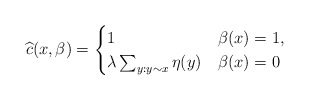
\begin{align*}\widehat{c}(x,\beta)=\begin{cases}1& \beta(x)=1,\\\lambda\sum_{y:y\sim x}\eta(y)& \beta(x)=0\end{cases}\end{align*}